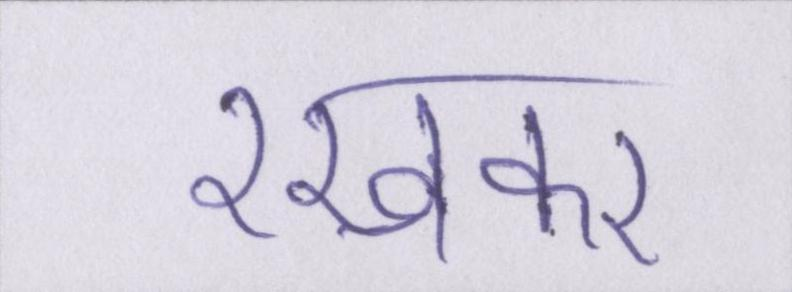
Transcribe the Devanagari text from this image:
रखकर